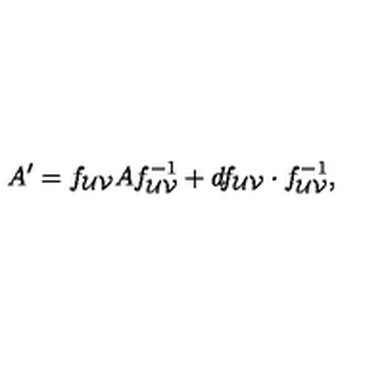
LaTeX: A ^ { \prime } = f _ { { \cal { U } } { \cal { V } } } A f _ { { \cal { U } } { \cal { V } } } ^ { - 1 } + d f _ { { \cal { U } } { \cal { V } } } \cdot f _ { { \cal { U } } { \cal { V } } } ^ { - 1 } ,